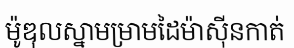
ម៉ូឌុលស្នាមម្រាមដៃម៉ាស៊ីនកាត់